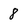
Character: 8